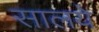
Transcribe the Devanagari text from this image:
सालये